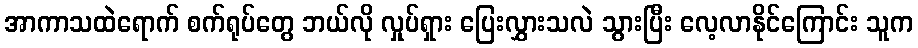
အာကာသထဲရောက် စက်ရုပ်တွေ ဘယ်လို လှုပ်ရှား ပြေးလွှားသလဲ သွားပြီး လေ့လာနိုင်ကြောင်း သူက